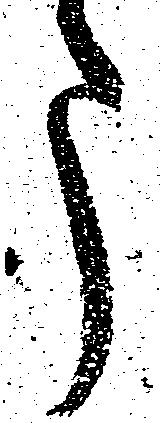
う